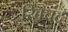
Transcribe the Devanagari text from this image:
रिवचंद्र